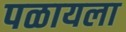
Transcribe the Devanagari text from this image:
पळायला